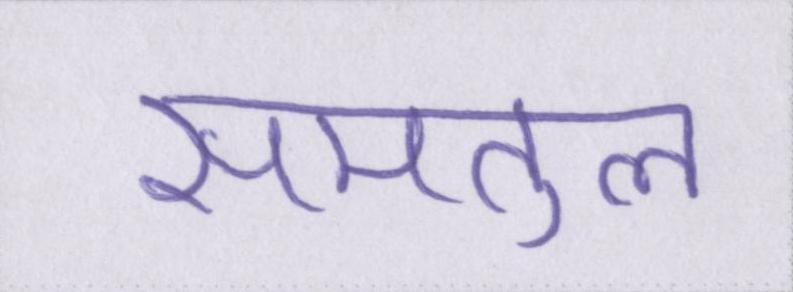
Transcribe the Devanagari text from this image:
समतुल